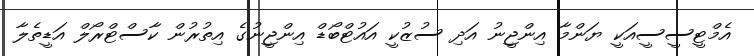
އެމްޓީސީސީއަކީ ޔަންމާ އިންޖީނު އަދި ސުޒުކީ އައުޓްބޯޑް އިންޖީނުގެ އިތުރުން ކާސްޓްރޯލް އަޑީތެލާ